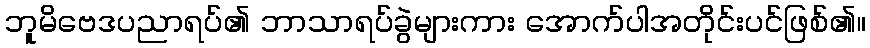
ဘူမိဗေဒပညာရပ်၏ ဘာသာရပ်ခွဲများကား အောက်ပါအတိုင်းပင်ဖြစ်၏။